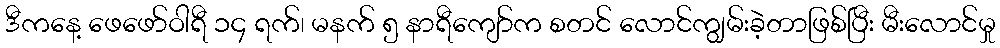
ဒီကနေ့ ဖေဖော်ဝါရီ ၁၄ ရက်၊ မနက် ၅ နာရီကျော်က စတင် လောင်ကျွမ်းခဲ့တာဖြစ်ပြီး မီးလောင်မှု